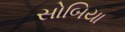
સોબિયા